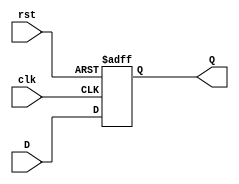
// Griffin, Faith Juliamae O. - S11

module BCD_D(Q,D,clk,rst);
output reg Q;
input D, clk, rst;

always @(posedge clk, negedge rst)
	if (rst == 0) 
		Q <= 4'b0000;
	else
		Q <= D;
endmodule

module BCD_main(A,B,C,D,X,clock,reset);
output A,B,C,D;
input X, clock,reset;
wire DA, DB, DC, DD;

assign DA = (A & ~B & ~C & ~D & ~X) | (~A & B & C & D & ~X) | (~A & ~B & ~C & ~D & X) | (A & ~B & ~C & D & X);
assign DB = (~A & B & ~C & ~X) | (~A & B & D & X) | (~A & B & C & ~D) | (A & ~B & ~C & ~D & X) | (~A & ~B & C & D & ~X);
assign DC = (~A & ~C & D & ~X) | (~A & C & ~D & ~X) | (~A & C & D & X) | (~A & B & ~C & ~D & X) | (A & ~B & ~C & ~D & X);
assign DD = (~A & ~D) | (A & ~B & ~C & ~D);

BCD_D F1(A, DA, clock, reset);
BCD_D F2(B, DB, clock, reset);
BCD_D F3(C, DC, clock, reset);
BCD_D F4(D, DD, clock, reset);
endmodule